Annual report of the Bengal Veterinary College and of the Civil Veterinary Department, Bengal, for the year 1916-17 - 1916-1917
Year: 1916
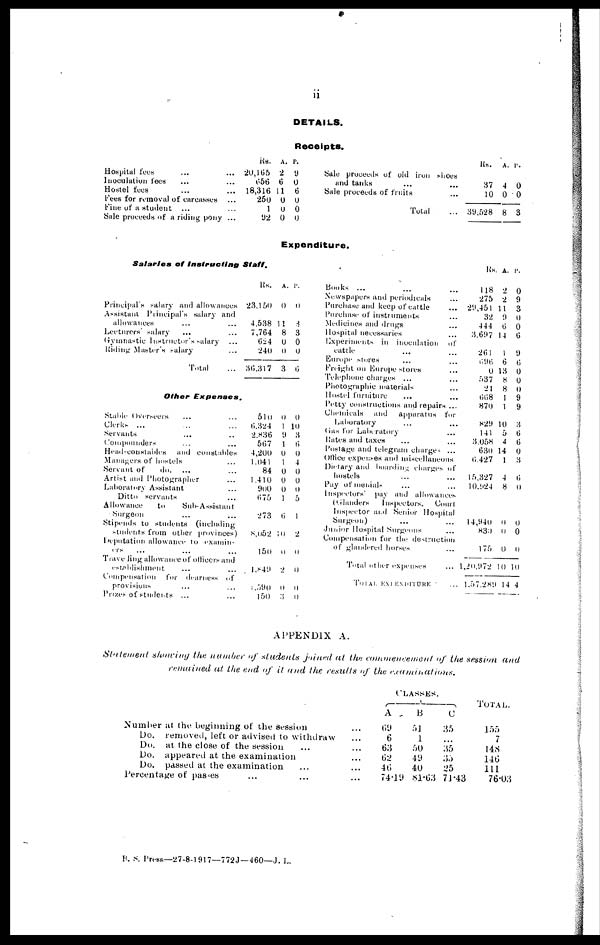
11
DETAILS.
Receipts.
R
Hospital fees
...
...
Inoculation tees
...
...
Hostel fees
...
...
Fees for removal of carcasses ...
Fine of a student ...
...
Sale proceeds of a riding pony ...
Rs.
20,165
656
18,316
250
1
92
A.
2
6
11
0
0
0
P.
9
0
6
0
0
0
Sale proceeds of old iron shoes
and tanks ... ...
Sale proceeds of fruits ...
Total ...
Expenditure.
Salaries of Instructing
Staff.
R
Principal's salary and allowances
Assistant Principal's salary and
allowances
...
...
Lecturers' salary
...
...
Gymnastic Instructor's salary ...
Riding Master's salary
...
Total
...
Rs.
23,150
4,538
7,764
624
240
36,317
A.
0
11
8
0
0
3
P.
0
3
3
0
0
6
Other Expenses.
Stable Overseers
...
...
Clerks ...
...
...
Servants
...
..
Compounders
...
...
Head-constables
and constables
Managers of hostels
...
Servant of
do. ...
...
Artist and Photographer
...
Laboratory Assistant
...
Ditto servants
...
Allowance
to
Sub-Assistant
Surgeon
...
...
Stipends to students (including
students from other provinces)
Deputation allowance to examin-
ers
...
...
...
Trave ling allowance of officers and
establishment
...
...
Compensation
for dearness of
provisions
...
...
Prizes of students ...
...
510
6,324
2,836
567
4,200
1,041
84
1.410
900
675
273
8,052
l50
1,849
590
150
0
1
9
1
0
1
0
0
0
1
6
10
0
2
0
3
0
10
3
6
0
4
0
0
0
5
1
2
0
0
0
0
Books ...
Newspapers and periodicals ...
Purchase and keep of cattle ...
Purchase of instruments ...
Medicines and drugs ...
Hospital necessaries ...
Experiments in inoculation
of
cattle ... ...
Europe stores ... ...
Freight on Europe stores ...
Telephone charges ... ...
Photographic materials ... ...
Hostel furniture ... ...
Petty constructions and repairs ...
Chemicals
and
apparatus for
Laboratory ... ...
Gas for Laboratory ...
Hates and taxes ... ...
Postage and telegram charges ...
Office expenses and miscellaneous
Dietary and boarding charges of
hostels ... ...
Pay of menials ... ...
Inspectors
pay and allowances
(Glanders
Inspectors.
Court
Inspector and Senior Hospital
Surgeon) ... ...
Junior Hospital Surgeons ...
Compensation for the destruction
of glandered horses ...
Total other expenses ...
TOTAL EXTENDITURE ...
Rs.
37
10
39,528
Rs.
118
275
29,451 1
32
444
3,697 1
261
696
0
537
21
668
870
829
141
3,058
630
6,427
15,327
10,924
14,940
830
175
1,20,972
1,57,289
A.
4
0
8
A.
2
2
1
9
6
4
1
6
13
8
8
1
1
10
5
4
14
1
4
8
0
0
0
10
14
P.
0
0
3
P.
0
9
3
0
0
6
9
6
0
0
0
9
9
3
6
6
0
3
6
0
0
0
0
10
4
APPENDIX A.
Statement showing the number of students joined at the commencement of the session and
remained at the end of it and the results of the examinations.
Number at the beginning of the session
...
Do. removed, left or advised to withdraw
...
Do. at the close of the session ...
...
Do. appeared at the examination
...
Do. passed at the examination ...
...
Percentage of passes ... ...
...
CLASSES.
A
69
6
63
62
46
74.19
B
51
1
50
49
40
81.63
C
35
...
35
35
25
71.43
TOTAL.
155
7
148
146
111
76.03
B. S. Press—27-8-1917—772J—460—J. L.